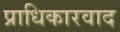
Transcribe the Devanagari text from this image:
प्राधिकारवाद